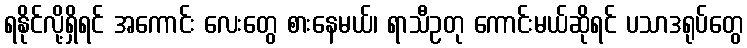
ရနိုင်လို့ရှိရင် အကောင်း လေးတွေ စားနေမယ်၊ ရာသီဥတု ကောင်းမယ်ဆိုရင် ပသာဒရုပ်တွေ